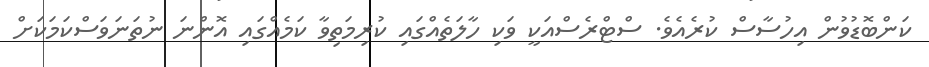
ކަންބޮޑުވުން އިހުސާސް ކުރެއެވެ. ސްޓްރެސްއަކީ ވަކި ހާލަތެއްގައި ކުރިމަތިވާ ކަމެއްގައި އޮންނަ ނުތަނަވަސްކަމަކަށް